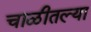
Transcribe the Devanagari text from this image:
चाळीतल्या